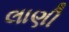
લાણી